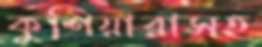
কুশিয়ারাসহ